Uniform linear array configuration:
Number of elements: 12
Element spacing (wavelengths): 0.75
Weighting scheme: blackman
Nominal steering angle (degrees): -60
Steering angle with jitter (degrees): -61.906
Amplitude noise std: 0.05
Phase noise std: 0.05

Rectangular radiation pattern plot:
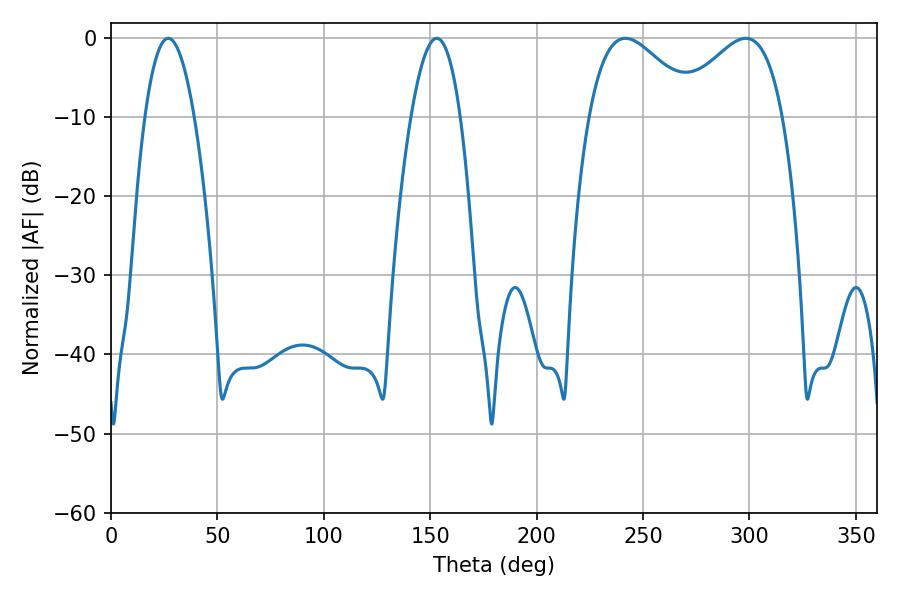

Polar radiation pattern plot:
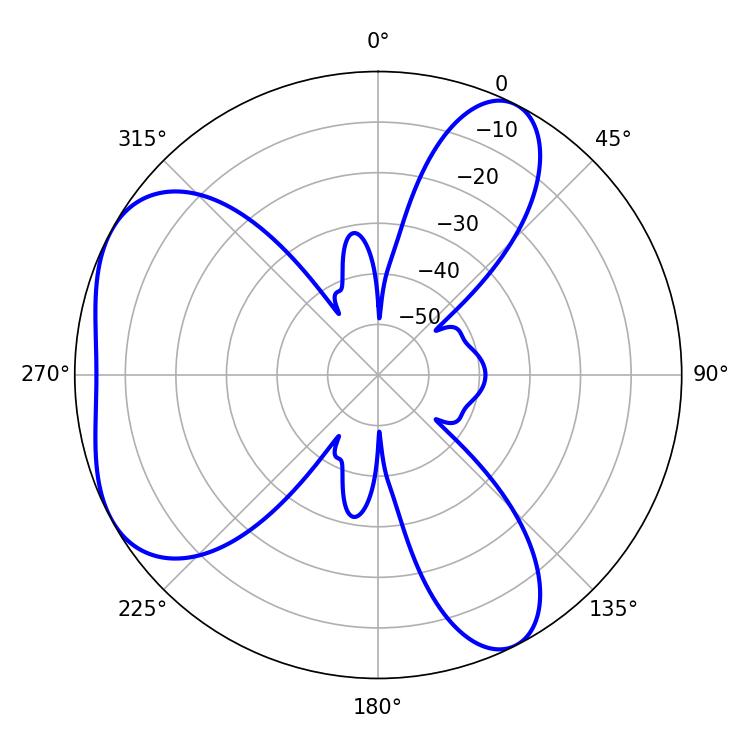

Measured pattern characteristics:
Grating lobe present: TRUE
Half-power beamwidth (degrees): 27.36
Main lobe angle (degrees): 298.26